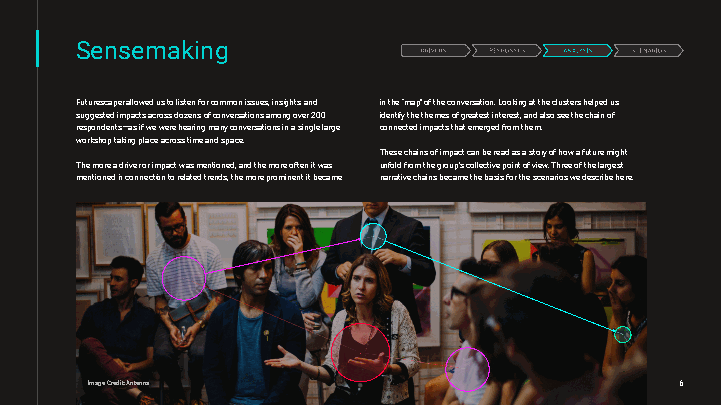
Sensemaking
 Futurescaperallowedustolistenforcommonissues,insightsand inthe“map”oftheconversation.Lookingattheclustershelpedus
 suggestedimpactsacrossdozensofconversationsamongover200 identifythethemesofgreatestinterest,andalsoseethechainof
 respondents—asifwewerehearingmanyconversationsinasinglelarge connectedimpactsthatemergedfromthem.
 workshoptakingplaceacrosstimeandspace.
 Thesechainsofimpactcanbereadasastoryofhowafuturemight
 Themoreadriverorimpactwasmentioned,andthemoreoftenitwas unfoldfromthegroup’scollectivepointofview.Threeofthelargest
 mentionedinconnectiontorelatedtrends,themoreprominentitbecame narrativechainsbecamethebasisforthescenarioswedescribehere.
 ImageCredit:Antenna                    6